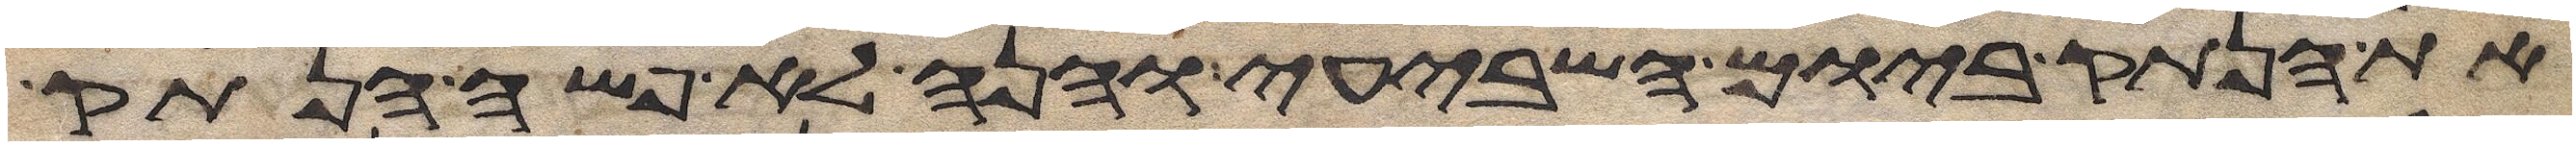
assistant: את הנתק ביום השביעי והנה לא פשה הנתק